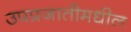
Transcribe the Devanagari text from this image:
उपप्रजातीमधील